Lunatic asylums United Provinces 1899-1908 - 1899-1908
Year: 1899
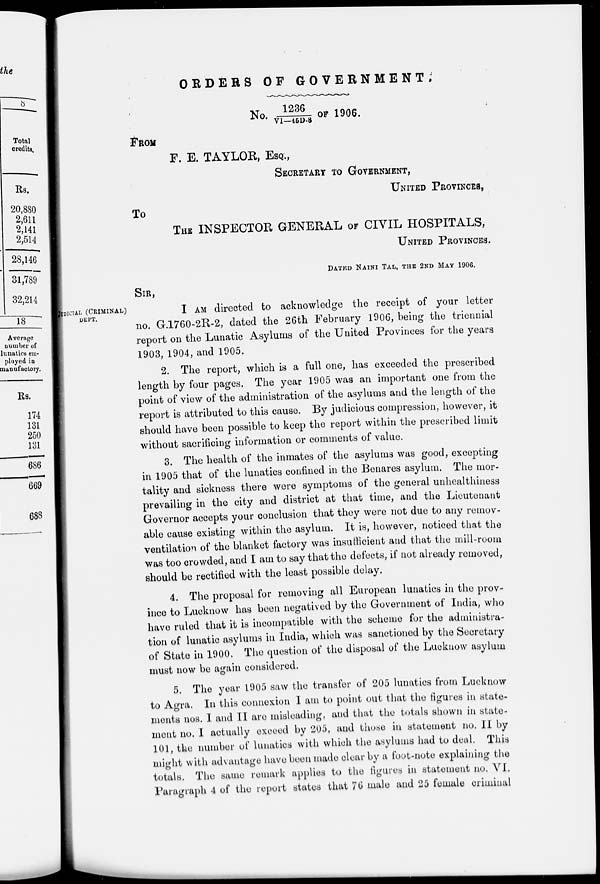
ORDERS
OF
GOVERNMENT.
No. 1236/VI—45D-8 of 1906.
FROM
F. E. TAYLOR, ESQ.,
SECRETARY TO GOVERNMENT,
UNITED PROVINCES,
TO
THE INSPECTOR GENERAL OF CIVIL HOSPITALS,
UNITED PROVINCES.
DATED NAINI TAL, THE 2ND MAY 1906.
JUDICIAL (CRIMINAL)
DEPT.
SIR,
I AM directed to acknowledge the receipt of your letter
no. G.1760-2R-2, dated the 26th February 1906, being the triennial
report on the Lunatic Asylums of the United Provinces for the years
1903, 1904, and 1905.
2. The report, which is a full one, has exceeded the prescribed
length by four pages. The year 1905 was an important one from the
point of view of the administration of the asylums and the length of the
report is attributed to this cause. By judicious compression, however, it
should have been possible to keep the report within the prescribed limit
without sacrificing information or comments of value.
3. The health of the inmates of the asylums was good, excepting
in 1905 that of the lunatics confined in the Benares asylum. The mor-
tality and sickness there were symptoms of the general unhealthiness
prevailing in the city and district at that time, and the Lieutenant
Governor accepts your conclusion that they were not due to any remov-
able cause existing within the asylum. It is, however, noticed that the
ventilation of the blanket factory was insufficient and that the mill-room
was too crowded, and I am to say that the defects, if not already removed,
should be rectified with the least possible delay.
4. The proposal for removing all European lunatics in the prov-
ince to Lucknow has been negatived by the Government of India, who
have ruled that it is incompatible with the scheme for the administra-
tion of lunatic asylums in India, which was sanctioned by the Secretary
of State in 1900. The question of the disposal of the Lucknow asylum
must now be again considered.
5. The year 1905 saw the transfer of 205 lunatics from Lucknow
to Agra. In this connexion I am to point out that the figures in state-
ments nos. I and II are misleading, and that the totals shown in state-
ment no. I actually exceed by 205, and those in statement no. II by
101, the number of lunatics with which the asylums had to deal. This
might with advantage have been made clear by a foot-note explaining the
totals. The same remark applies to the figures in statement no. VI.
Paragraph 4 of the report states that 76 male and 25 female criminal